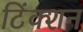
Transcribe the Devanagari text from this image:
टिंक्शन